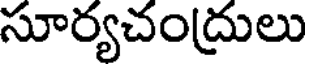
సూర్యచంద్రులు